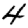
Digit: 4